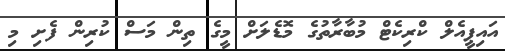
އައިޕީއެލް ކްރިކެޓް މުބާރާތުގެ މޮޑެލަށް މީގެ ތިން މަސް ކުރިން ފެށި މި